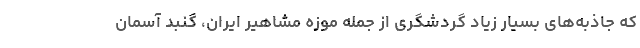
که جاذبه‌های بسیار زیاد گردشگری از جمله موزه مشاهیر ایران، گنبد آسمان